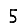
Digit: 5